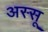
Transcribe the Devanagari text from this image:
अस्सू